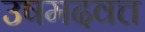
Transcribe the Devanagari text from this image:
उषमदवत्त